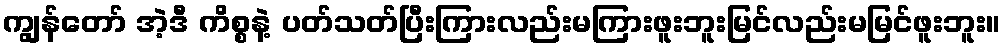
ကျွန်တော် အဲ့ဒီ ကိစ္စနဲ့ ပတ်သတ်ပြီးကြားလည်းမကြားဖူးဘူးမြင်လည်းမမြင်ဖူးဘူး။